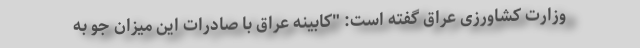
وزارت کشاورزی عراق گفته است: "کابینه عراق با صادرات این میزان جو به